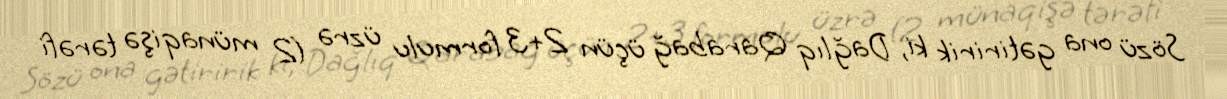
Sözü ona gətiririk ki, Dağlıq Qarabağ üçün 2+3 formulu üzrə (2 münaqişə tərəfi